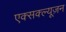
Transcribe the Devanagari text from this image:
एक्सक्ल्यूज़न